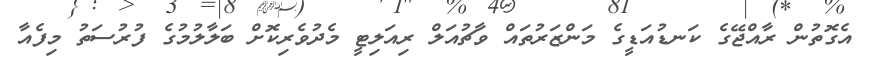
އެގޮތުން ރާއްޖޭގެ ކަނޑުއަޑީގެ މަންޒަރުތައް ވާޗުއަލް ރިއަލިޓީ މެދުވެރިކޮށް ބަލާލުމުގެ ފުރުސަތު މިފެއާ